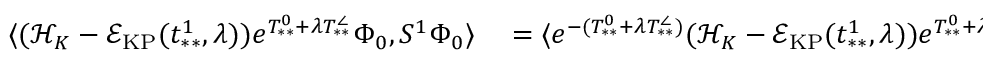
\begin{array} { r l } { \langle ( \mathcal { H } _ { K } - \mathcal { E } _ { \mathrm { K P } } ( t _ { * * } ^ { 1 } , \lambda ) ) e ^ { T _ { * * } ^ { 0 } + \lambda T _ { * * } ^ { \angle } } \Phi _ { 0 } , S ^ { 1 } \Phi _ { 0 } \rangle } & { { } = \langle e ^ { - ( T _ { * * } ^ { 0 } + \lambda T _ { * * } ^ { \angle } ) } ( \mathcal { H } _ { K } - \mathcal { E } _ { \mathrm { K P } } ( t _ { * * } ^ { 1 } , \lambda ) ) e ^ { T _ { * * } ^ { 0 } + \lambda T _ { * * } ^ { \angle } } \Phi _ { 0 } , ( e ^ { T _ { * * \rangle + \lambda T _ { * * } ^ { \angle } } ^ { 0 } ) ^ { \dag } S ^ { 1 } \Phi _ { 0 } } } \end{array}